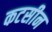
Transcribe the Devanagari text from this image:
कटसीन